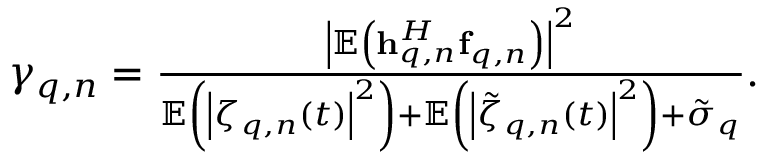
\begin{array} { r } { { \gamma _ { q , n } } = \frac { { { { \left| { { \mathbb { E } } \left( { { \bf { h } } _ { q , n } ^ { H } { { \bf { f } } _ { q , n } } } \right) } \right| } ^ { 2 } } } } { { { \mathbb { E } } \left( { { { \left| { { \zeta _ { q , n } } \left( t \right) } \right| } ^ { 2 } } } \right) + { \mathbb { E } } \left( { { { \left| { { { \tilde { \zeta } } _ { q , n } } \left( t \right) } \right| } ^ { 2 } } } \right) + { \tilde { \sigma } _ { q } } } } . } \end{array}